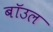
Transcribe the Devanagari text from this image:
बॉउल